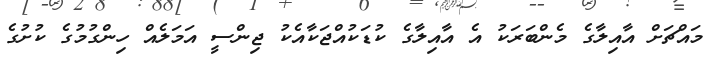
މައްޗަށް އާއިލާގެ މެންބަރަކު އެ އާއިލާގެ ކުޑަކުއްޖަކާއެކު ޖިންސީ އަމަލެއް ހިންގުމުގެ ކުށުގެ